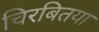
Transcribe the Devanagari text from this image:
चिरबितया